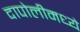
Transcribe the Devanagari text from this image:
दापोलीमध्ये